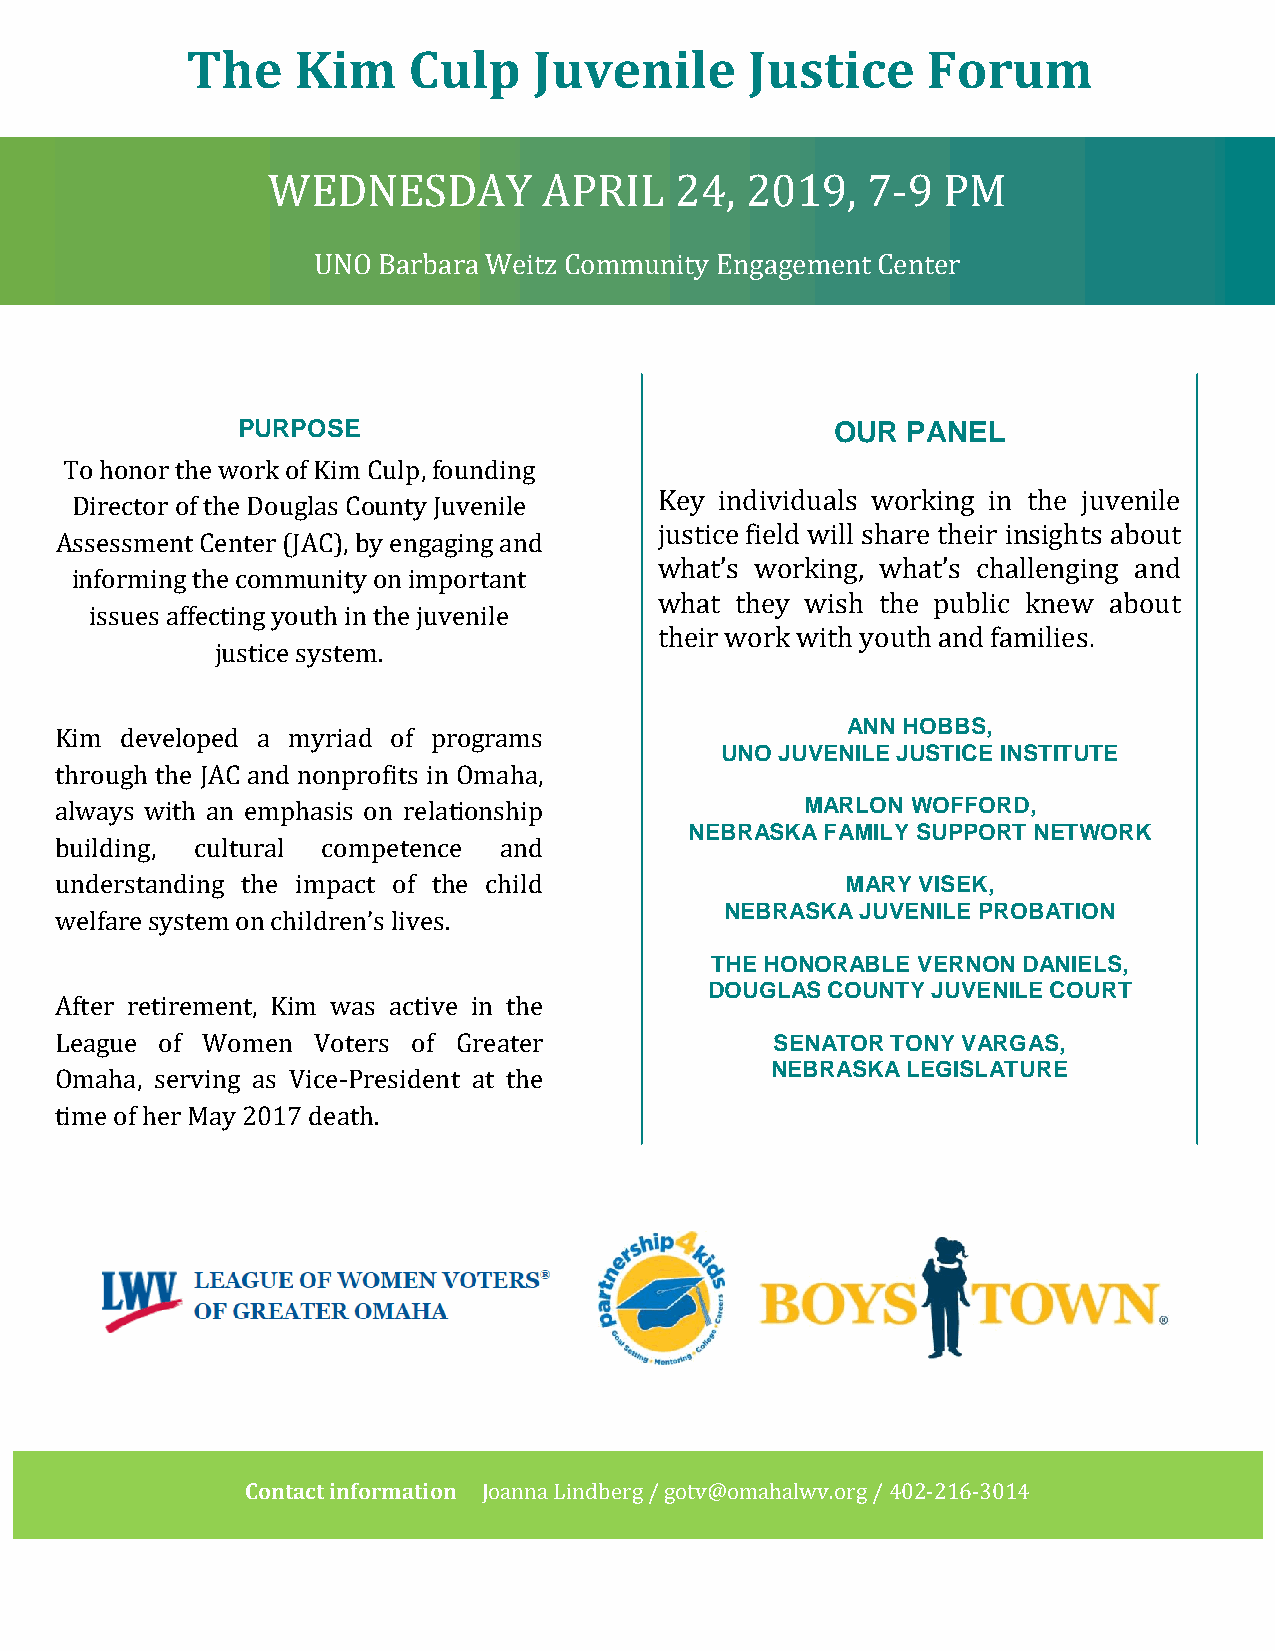
The     Kim    Culp    Juvenile       Justice    Forum
 WEDNESDAY         APRIL    24, 2019,   7-9  PM
 UNO Barbara Weitz Community Engagement Center
 PURPOSE                                OUR  PANEL
 To honor the work of Kim Culp, founding
 Key individuals working in the juvenile
 Director of the Douglas County Juvenile
 justice field will share their insights about
 Assessment Center (JAC), by engaging and
 what’s working, what’s challenging and
 informing the community on important
 what they wish the public knew about
 issues affecting youth in the juvenile
 their work with youth and families.
 justice system.
 ANN HOBBS,
 Kim developed a myriad of programs
 UNO JUVENILE JUSTICE INSTITUTE
 through the JAC and nonprofits in Omaha,
 always with an emphasis on relationship          MARLON WOFFORD,
 NEBRASKA FAMILY SUPPORT NETWORK
 building, cultural competence and
 understanding the impact of the child               MARY VISEK,
 NEBRASKA JUVENILE PROBATION
 welfare system on children’s lives.
 THE HONORABLE VERNON DANIELS,
 DOUGLAS COUNTY JUVENILE COURT
 After retirement, Kim was active in the
 League of Women  Voters of Greater             SENATOR TONY VARGAS,
 NEBRASKA LEGISLATURE
 Omaha, serving as Vice-President at the
 time of her May 2017 death.
 Contact information Joanna Lindberg / gotv@omahalwv.org / 402-216-3014